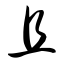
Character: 且